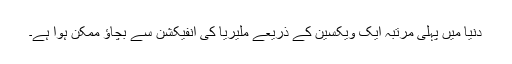
دنیا میں پہلی مرتبہ ایک ویکسین کے ذریعے ملیریا کی انفیکشن سے بچاؤ ممکن ہوا ہے۔